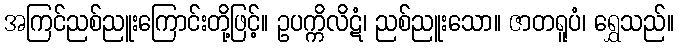
အကြင်ညစ်ညူးကြောင်းတို့ဖြင့်။ ဥပက္ကိလိဋံ၊ ညစ်ညူးသော။ ဇာတရူပံ၊ ရွှေသည်။